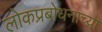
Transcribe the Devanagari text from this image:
लोकप्रबोधनाच्या